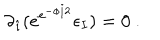
\partial _ { \hat { \imath } } ( e ^ { e ^ { - \phi / 2 } } \epsilon _ { I } ) = 0 \ .